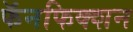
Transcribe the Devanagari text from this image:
फॅनफिक्शन